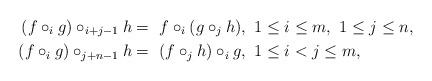
LaTeX: \begin{align*}( f \circ_i g) \circ_{i+j-1} h =~& f \circ_i ( g \circ_j h), ~ 1 \leq i \leq m,~ 1 \leq j \leq n,\\(f \circ_i g) \circ_{j+n-1} h =~& ( f \circ_j h) \circ_i g, ~ 1 \leq i < j \leq m,\end{align*}